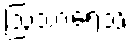
ဩသာရေသိ